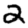
Digit: 2